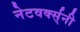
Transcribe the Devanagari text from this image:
नेटवर्क्स्‌नी